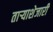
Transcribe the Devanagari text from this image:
ताऱ्याशेजारी